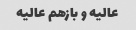
عالیه و بازهم عالیه